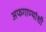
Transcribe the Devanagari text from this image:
अफगाण्यांशी